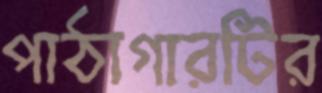
পাঠাগারটির